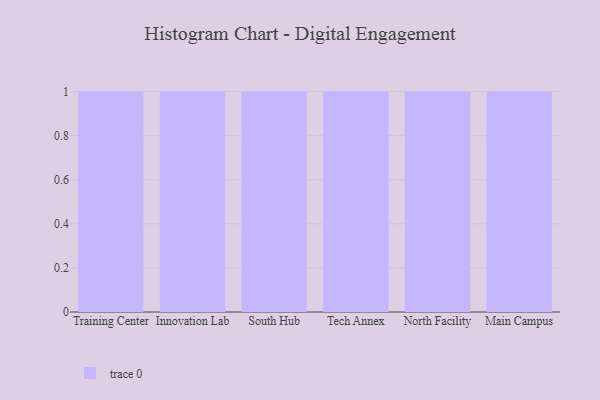
{"axis": {"x": "Campus", "y": "Population (Million)"}, "legend": [""], "data": [{"x": "Training Center", "y": 79, "type": ""}, {"x": "Innovation Lab", "y": 73, "type": ""}, {"x": "South Hub", "y": 87, "type": ""}, {"x": "Tech Annex", "y": 39, "type": ""}, {"x": "North Facility", "y": 63, "type": ""}, {"x": "Main Campus", "y": 38, "type": ""}]}